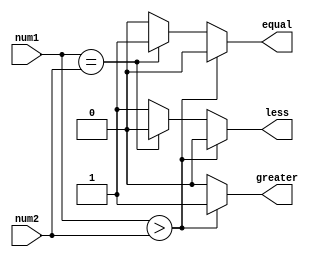
module magnitude_comparator (
input [7:0] num1,
input [7:0] num2,
output reg greater,
output reg equal,
output reg less
);

always @ (*) begin
    if (num1 > num2) begin
        greater = 1;
        equal = 0;
        less = 0;
    end else if (num1 == num2) begin
        greater = 0;
        equal = 1;
        less = 0;
    end else begin
        greater = 0;
        equal = 0;
        less = 1;
    end
end

endmodule